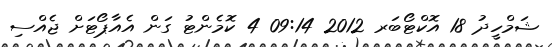
ޝަމްހީދު 18 އޮކްޓޯބަރ 2012 09:14 4 ކޮމެންޓު ގަން އެއާޕޯޓަށް ޖެއްސި